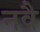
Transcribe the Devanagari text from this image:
नवै